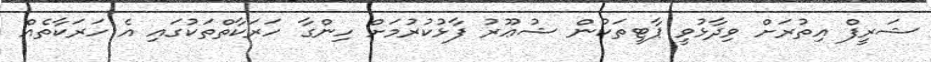
ޝަރީފް އިތުރަށް ވިދާޅުވީ ޕާޓީތަކުން ޝުޢޫރު ފާޅުކުރުމަށް ހިންގާ ހަރަކާތްތަކުގައި އެ ހަރަކާތެއް